Annual report of the Imperial Bacteriological Laboratory, Muktesar
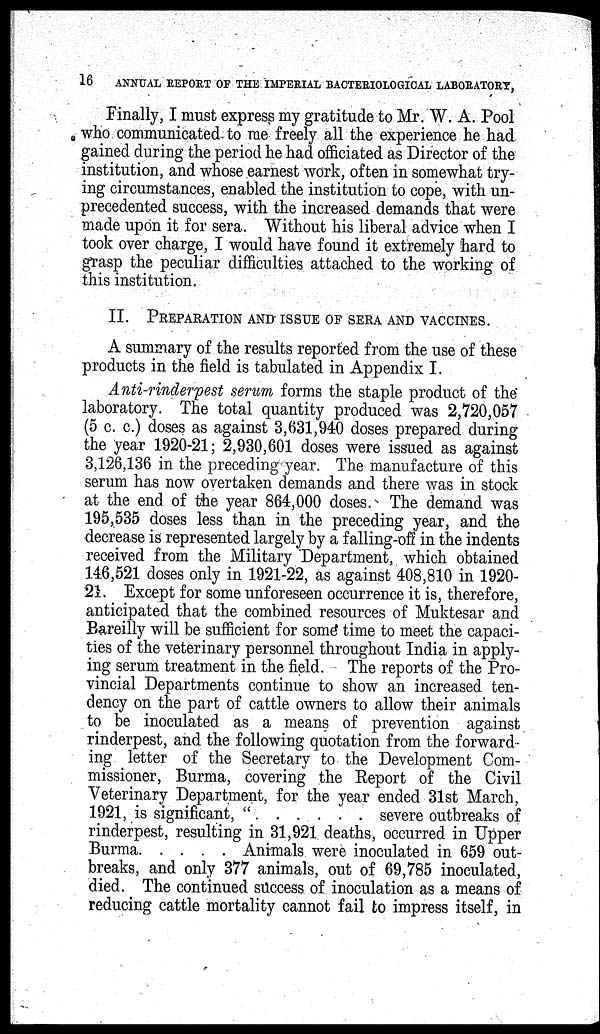
16
ANNUAL REPORT OF THE IMPERIAL BACTERIOLOGICAL LABORATORY,
Finally, I must express my gratitude to Mr W. A. Pool
who communicated to me freely all the experience he had
gained during the period he had officiated as Director of the
institution, and whose earnest work, often in somewhat try-
ing circumstances, enabled the institution to cope, with un-
precedented success, with the increased demands that were
made upon it for sera. Without his liberal advice when I
took over charge, I would have found it extremely hard to
grasp the peculiar difficulties attached to the working of
this institution.
II. PREPARATION AND ISSUE OF SERA AND VACCINES.
A summary of the results reported from the use of these
products in the field is tabulated in Appendix I.
Anti-rinderpest serum forms the staple product of the
laboratory. The total quantity produced was 2,720,057
(5 c. c.) doses as against 3,631,940 doses prepared during
the year 1920-21; 2,930,601 doses were issued as against
3,126,136 in the preceding year. The manufacture of this
serum has now overtaken demands and there was in stock
at the end of the year 864,000 doses. The demand was
195,535 doses less than in the preceding year, and the
decrease is represented largely by a falling-off in the indents
received from the Military Department, which obtained
146,521 doses only in 1921-22, as against 408,810 in 1920-
21. Except for some unforeseen occurrence it is, therefore,
anticipated that the combined resources of Muktesar and
Bareilly will be sufficient for some time to meet the capaci-
ties of the veterinary personnel throughout India in apply-
ing serum treatment in the field. The reports of the Pro-
vincial Departments continue to show an increased ten-
dency on the part of cattle owners to allow their animals
to be inoculated as a means of prevention against
rinderpest, and the following quotation from the forward-
ing letter of the Secretary to the Development Com-
missioner, Burma, covering the Report of the Civil
Veterinary Department, for the year ended 31st March,
1921, is significant,
".
severe outbreaks of
rinderpest, resulting in 31,921 deaths, occurred in Upper
Burma
Animals were inoculated in 659 out-
breaks, and only 377 animals, out of 69,785 inoculated,
died. The continued success of inoculation as a means of
reducing cattle mortality cannot fail to impress itself, in